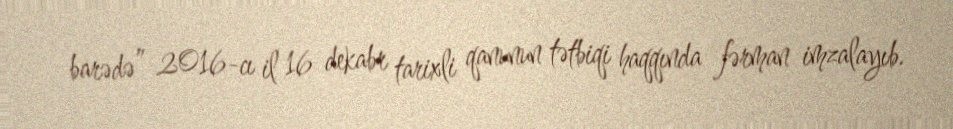
barədə” 2016-cı il 16 dekabr tarixli qanunun tətbiqi haqqında fərman imzalayıb.